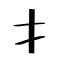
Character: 扌